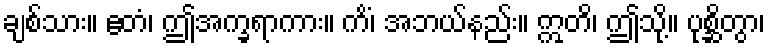
ချစ်သား။ ဧတံ၊ ဤအက္ခရာကား။ ကိံ၊ အဘယ်နည်း။ ဣတိ၊ ဤသို့။ ပုစ္ဆိတွာ၊